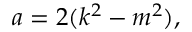
a = 2 ( k ^ { 2 } - m ^ { 2 } ) ,